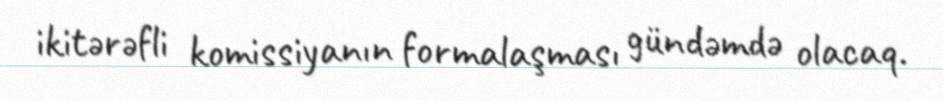
ikitərəfli komissiyanın formalaşması gündəmdə olacaq.